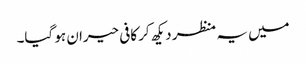
میں یہ منظر دیکھ کر کافی حیران ہو گیا۔